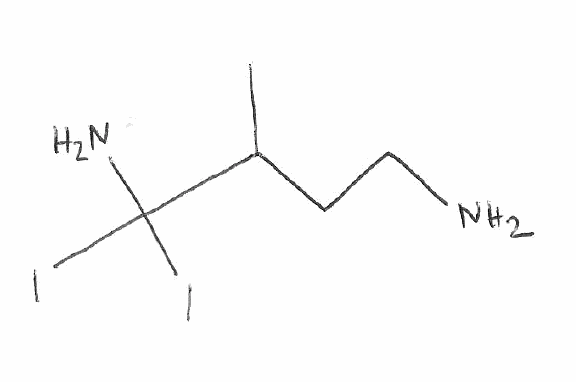
Simplified molecular-input line-entry system (SMILES) notation of the given molecule:
CC(CCN)C(N)(I)I